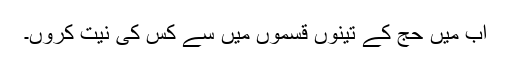
اب میں حج کے تینوں قسموں میں سے کس کی نیت کروں۔